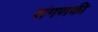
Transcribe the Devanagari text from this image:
संगणकी